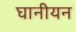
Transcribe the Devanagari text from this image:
घानीयन